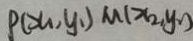
P ( x _ { 1 } , y _ { 1 } ) M ( x _ { 2 } , y _ { 2 } )